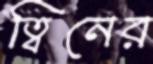
ত্বিনের